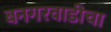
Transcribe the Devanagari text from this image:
बनगरवाडीचा